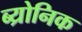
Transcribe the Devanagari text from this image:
ब्य्रोनिक